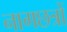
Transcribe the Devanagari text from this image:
नागछत्रों